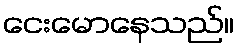
ငေးမောနေသည်။